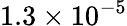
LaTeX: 1.3\times 10^{-5}